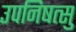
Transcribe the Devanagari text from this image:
उपनिषत्सु